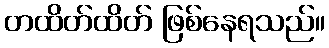
တထိတ်ထိတ် ဖြစ်နေရသည်။